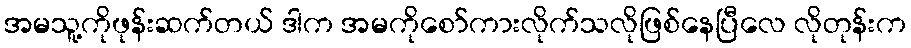
အမသူ့ကိုဖုန်းဆက်တယ် ဒါက အမကိုစော်ကားလိုက်သလိုဖြစ်နေပြီလေ လိုတုန်းက